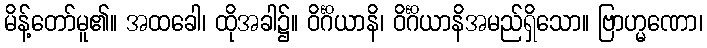
မိန့်တော်မူ၏။ အထခေါ၊ ထိုအခါ၌။ ဝိင်္ဂိယာနိ၊ ဝိင်္ဂိယာနိအမည်ရှိသော။ ဗြာဟ္မဏော၊